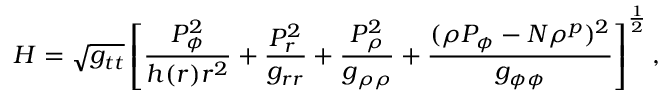
H = \sqrt { g _ { t t } } \left[ { \frac { P _ { \phi } ^ { 2 } } { h ( r ) r ^ { 2 } } } + { \frac { P _ { r } ^ { 2 } } { g _ { r r } } } + { \frac { P _ { \rho } ^ { 2 } } { g _ { \rho \rho } } } + { \frac { ( \rho P _ { \phi } - N \rho ^ { p } ) ^ { 2 } } { g _ { \phi \phi } } } \right] ^ { \frac { 1 } { 2 } } ,